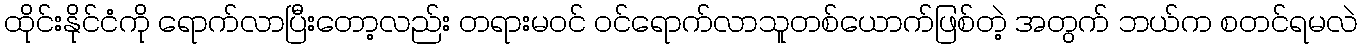
ထိုင်းနိုင်ငံကို ရောက်လာပြီးတော့လည်း တရားမဝင် ဝင်ရောက်လာသူတစ်ယောက်ဖြစ်တဲ့ အတွက် ဘယ်က စတင်ရမလဲ